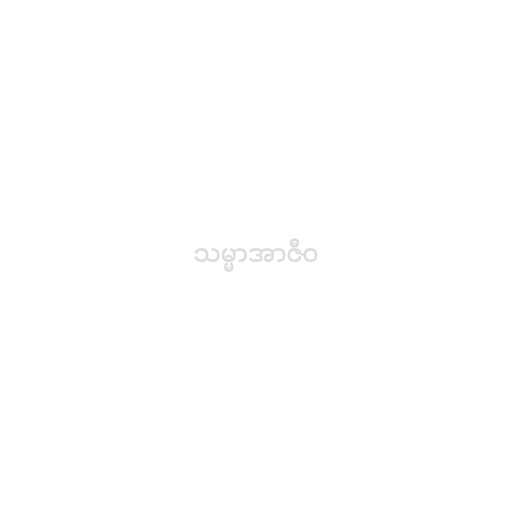
သမ္မာအာဇီဝ